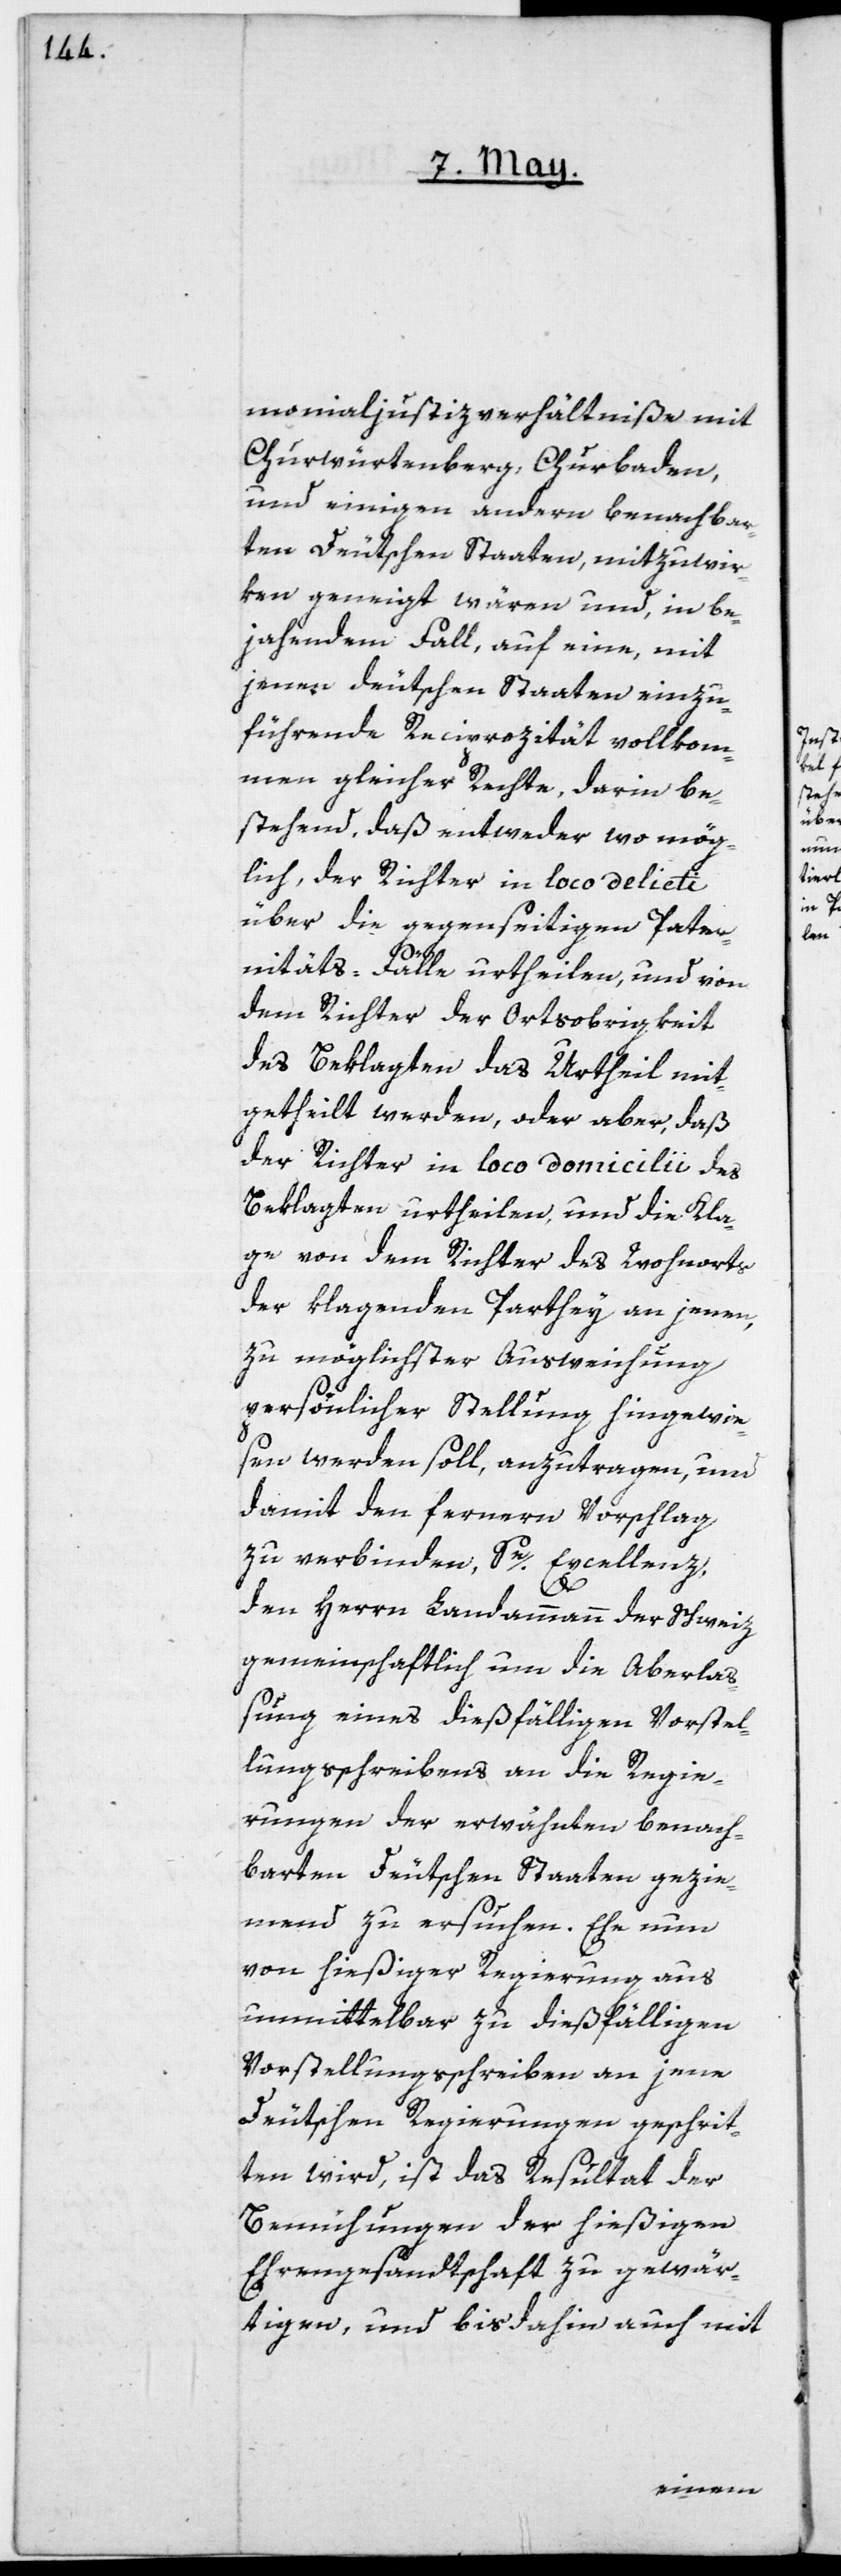
monialjustizverhältniße mit
Churwürtemberg, Churbaden,
und einigen andern benachbar¬
ten deutschen Staaten, mitzuwir¬
ken geneigt wären, und, in be¬
jahendem Fall auf eine, mit
jenen deutschen Staaten einzu¬
führende Reciprozität vollkom¬
men gleicher Rechte, darin be¬
stehend, daß entweder wo mög¬
lich, der Richter in loco delicti
über die gegenseitigen Pater¬
nitäts-Fälle urtheilen, und von
dem Richter der Ortsobrigkeit
des Beklagten das Urtheil mit¬
getheilt werden, oder aber, daß
der Richter in loco domicilii des
Beklagten urtheilen, und die Kla¬
ge von dem Richter des Wohnorts
der klagenden Parthey an jenen,
zu möglichster Ausweichung
persönlicher Stellung hingewie¬
sen werden soll, anzutragen, und
damit den fernern Vorschlag
zu verbinden, Se. Excellenz,
den Herrn Landammann der Schweiz
gemeinschaftlich um die Aberlaß¬
ung eines dießfälligen Vorstel¬
lungßchreibens an die Regie¬
rungen der erwähnten, benach¬
barten Deutschen Staaten gezie¬
mend zu ersuchen. Ehe nun
von hießiger Regierung aus
unmittelbar zu dießfälligen
Vorstellungsschreiben an jene
Deutsche Regierungen geschrit¬
ten wird, ist das Resultat der
Bemühungen der hießigen
Ehrengesandtschaft zu gewär¬
tigen, und bis dahin auch mit